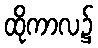
ထိုကာလ၌